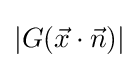
\left|G({\vec {x}}\cdot {\vec {n}})\right|